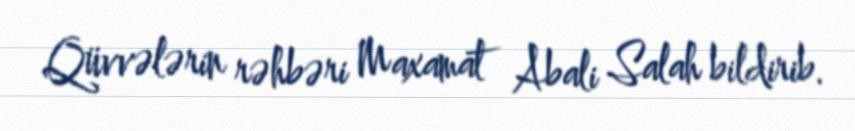
Qüvvələrin rəhbəri Maxamat Abali Salah bildirib.